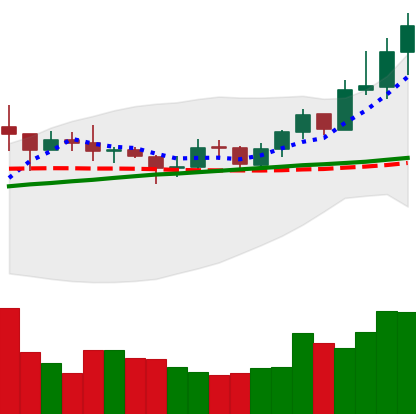
Ticker: XRP-USD
Chart end date: 2020-07-28
Forward return: 24.659%
Label: up_7plus